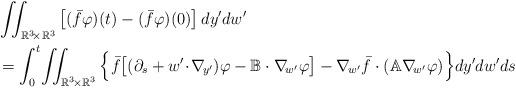
LaTeX: \begin{align*} & \iint_{\mathbb{R}^3\!\times\mathbb{R}^3} \left[(\bar{f}\varphi)(t)-(\bar{f}\varphi)(0) \right] dy'dw' \\ & = \int_0^t\!\iint_{\mathbb{R}^3\!\times\mathbb{R}^3} \Big\{\bar{f} \big[(\partial_s+w'\!\cdot\!\nabla_{\!y'})\varphi-\mathbb{B}\cdot\nabla_{\!w'}\varphi\big] - \nabla_{\!w'}\bar{f}\cdot(\mathbb{A} \nabla_{\!w'}\varphi) \Big\} dy'dw'ds \end{align*}